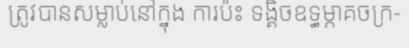
ត្រូវបានសម្លាប់នៅក្នុង ការប៉ះ ទង្គិចឧទ្ធម្ភាគចក្រ-